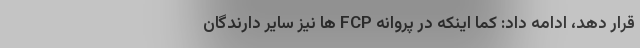
قرار دهد، ادامه داد: کما اینکه در پروانه FCP ها نیز سایر دارندگان